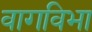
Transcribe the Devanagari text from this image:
वागविभा